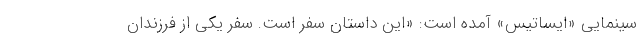
سینمایی «ایساتیس» آمده است: «این داستان سفر است. سفر یکی از فرزندان